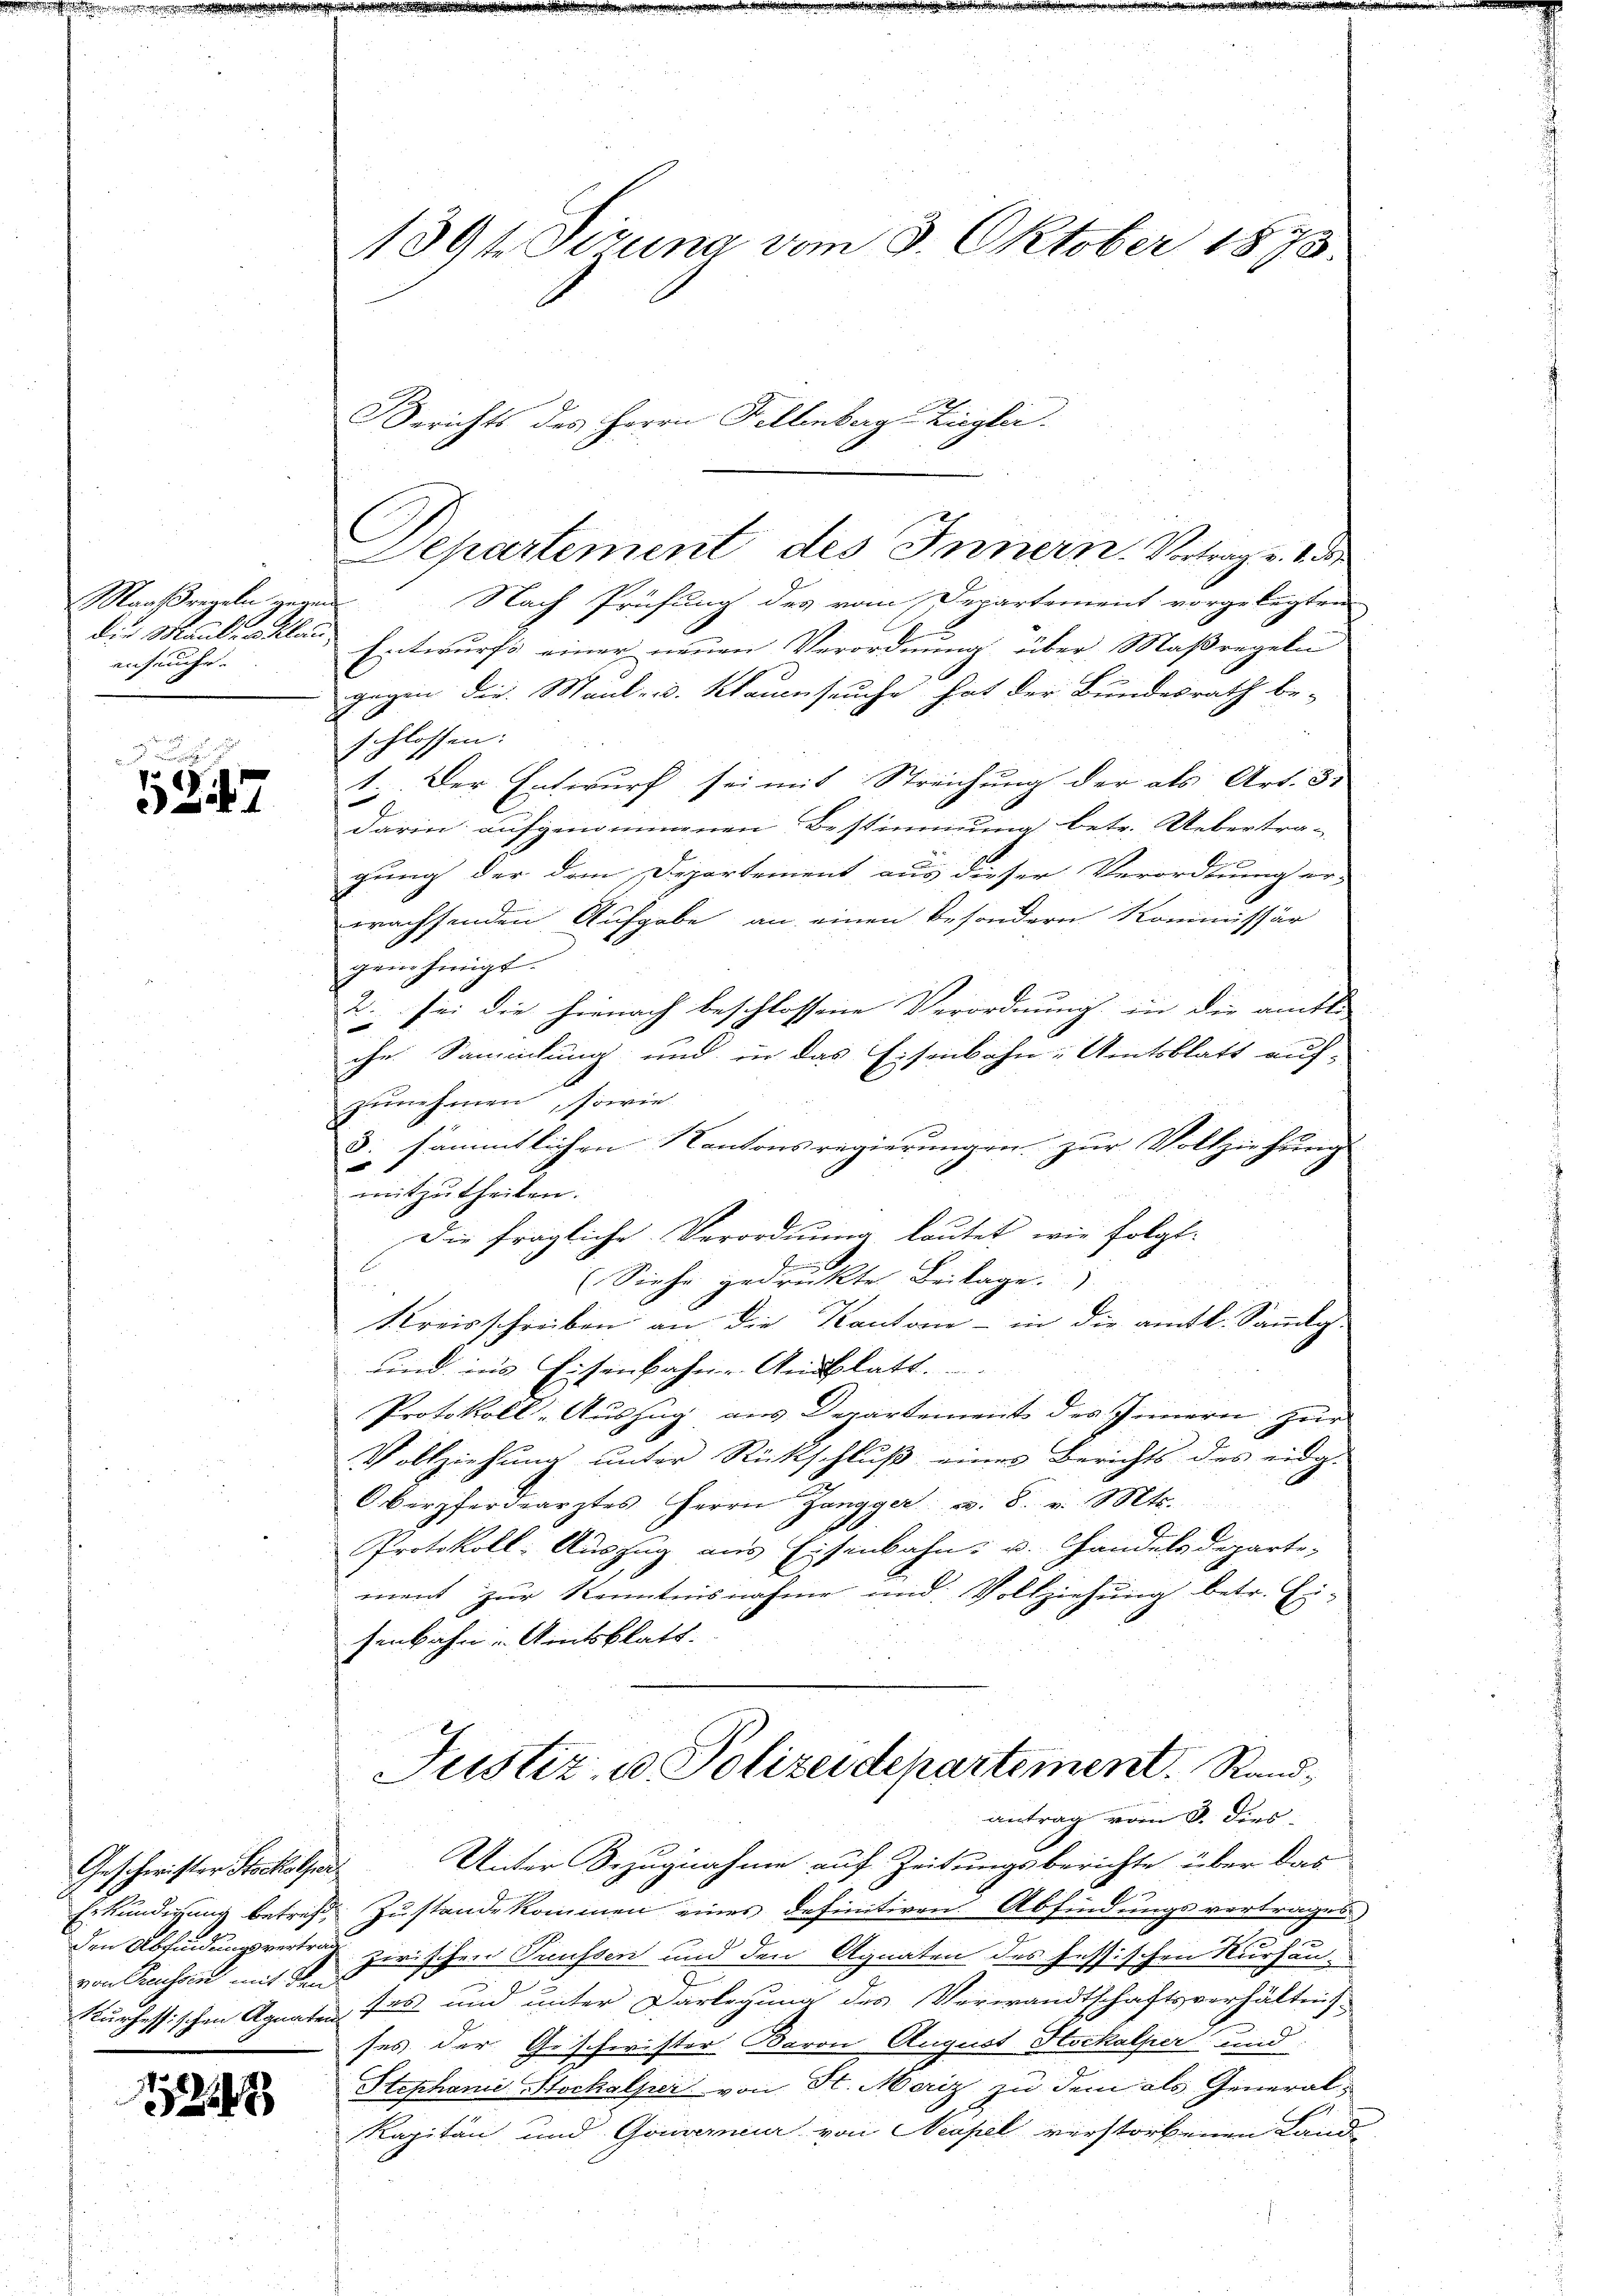
Maaßregeln gegen
die Maulen Klau
enfrüche.

5247

Geschwister Stockelsa
Erkunderung betrift,
den Abfindungsvertr
von Reussen mit den
Kurhessischen Aquar.

1224

1391 Sizung vom 3. Oktober 1873.

Nach Prüfung des vom Departement vorgelegten
f
Entwurfs einer neuen Verordnung über Maßregeln
gegen die Maul- u. Klauenseuche hat der Bundesrath be-
sschlossen:
1. Der Entwurf sei mit Streichung der als Art. 3.
darin aufgenommenen Bestimmung betr. Uebertra-
gung der dem Departement aus dieser Verordnung er-
wachsenden Aufgabe an einen besondern Kommissär
gene Einigt.
2. sei die hienach beschlossene Verordnung in die amtl.
che Sammlung und in das Eisenbahn-Amtsblatt auf-
zunehmen, sowie
3: sämmtlichen Kantonsregierungen zur Vollziehung
mitzutheilen.
Die fragliche Verordnung lautet, wie folgt.

(Siehe gedrückte Beilage.
Kreisschreiben an die Kantone - in die amtl. Sammlg.
und in’s Eisenbahn-Ansblatt.
Protokoll-Auszug aus Departement des Innern zur
Vollziehung unter Rückschluß eines Berichts des eidg.
Oberpferdearztes Herrn Zangger u. 8. v. Mts.
Protokoll: Auszug aus Eisenbahn- u. Handelsdeparti-
ment zŭr Kenntnisnahme und Vollziehŭng betr. Ei-
senbahn - Amtsblatt.
Justiz- u. Polizeidepartement. Rand,
antrag vom 3. dies
Unter Bezugnahme auf Zeitungsberichte über das
¬
d Zustande kommen eines definitiven Abfindungsvertrages
 zerischen Preussen und den Agnaten des fessischen Nurhautas und unter Darlegung des Verwandtschaftsverhältnis
ses der Geschwister Baron August Hockalper und
Stephanie Stockalper von St. Moriz zu dem als General-
Kapitän und Gouverneur von Neapel verstorbenen Land-

Berichts des Herrn Fellenberg Ziegler
Departement des Innern. Vortrag v. 1.